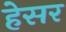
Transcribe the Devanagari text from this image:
हेसर